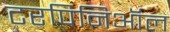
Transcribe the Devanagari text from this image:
टरपिनिऑल